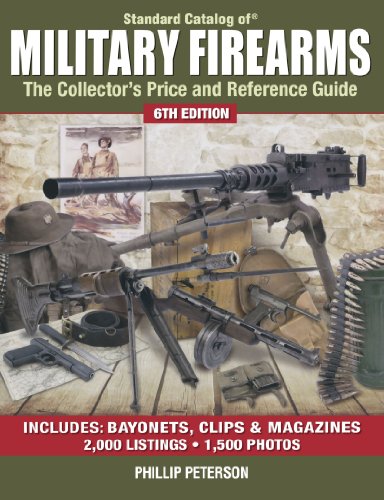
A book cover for Standard Catalog of Military Firearms: The Collector's Price and Reference Guide (Standard Catalog of Military Firearms: The Collector's Price & Reference Guide); Philip Peterson; Crafts, Hobbies & Home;